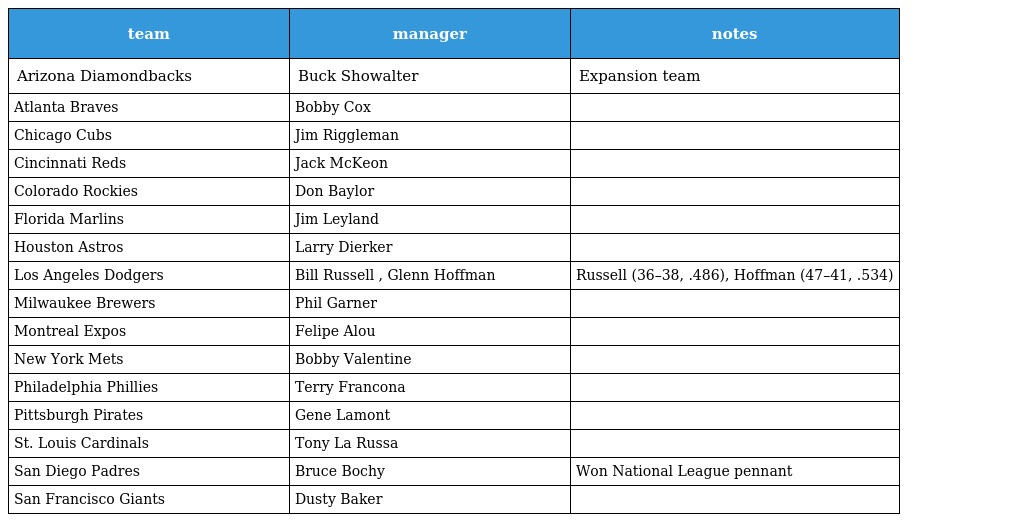
| team | manager | notes |
 | --- | --- | --- |
 | Arizona Diamondbacks | Buck Showalter | Expansion team |
 | Atlanta Braves | Bobby Cox |  |
 | Chicago Cubs | Jim Riggleman |  |
 | Cincinnati Reds | Jack McKeon |  |
 | Colorado Rockies | Don Baylor |  |
 | Florida Marlins | Jim Leyland |  |
 | Houston Astros | Larry Dierker |  |
 | Los Angeles Dodgers | Bill Russell , Glenn Hoffman | Russell (36–38, .486), Hoffman (47–41, .534) |
 | Milwaukee Brewers | Phil Garner |  |
 | Montreal Expos | Felipe Alou |  |
 | New York Mets | Bobby Valentine |  |
 | Philadelphia Phillies | Terry Francona |  |
 | Pittsburgh Pirates | Gene Lamont |  |
 | St. Louis Cardinals | Tony La Russa |  |
 | San Diego Padres | Bruce Bochy | Won National League pennant |
 | San Francisco Giants | Dusty Baker |  |